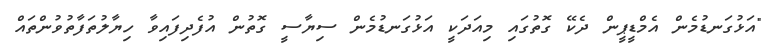
"އަޅުގަނޑުމެން އެމްޑީޕީން ދެކޭ ގޮތުގައި މިއަދަކީ އަޅުގަނޑުމެން ސިޔާސީ ގޮތުން އުފެދިފައިވާ ހިޔާލުތަފާތުވުންތައް